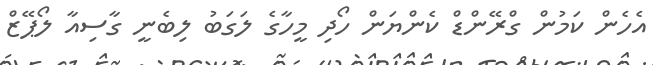
އެހެން ކަމުން ގްރޭންޑް ކެންޔަން ހޯދި މީހާގެ ލަގަބު ލިބެނީ ގާސިއާ ލޯޕޭޒް